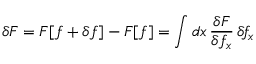
\delta F = F [ f + \delta f ] - F [ f ] = \int d x \, \frac { \delta F } { \delta f _ { x } } \, \delta \! f _ { x }